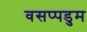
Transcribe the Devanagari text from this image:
वसप्पडुम